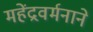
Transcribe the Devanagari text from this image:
महेंद्रवर्मनाने